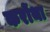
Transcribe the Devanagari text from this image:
करोंथा